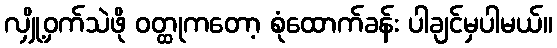
လျှို့ဝှက်သဲဖို ဝတ္ထုကတော့ စုံထောက်ခန်း ပါချင်မှပါမယ်။